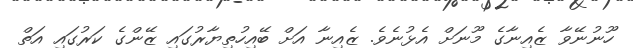
ހޫނުނޭވާ ޒެއިނާގެ މޫނަށް އެޅުނެވެ. ޒެއިނާ އަށް ބޭއިހުތިޔާރުގައި ޒޭންގެ ކަރުގައި އަތް